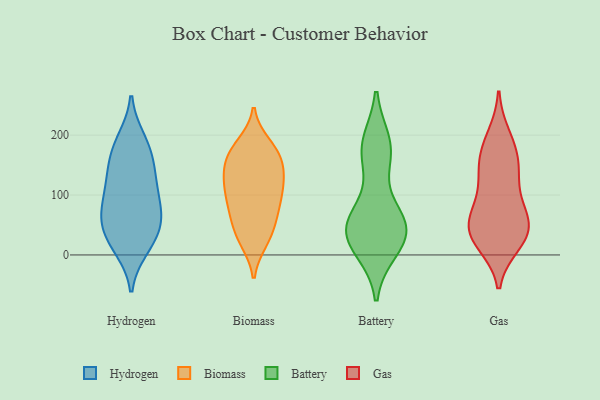
{"axis": {"x": "Inventory Turnover", "y": "Value"}, "legend": ["Battery", "Biomass", "Gas", "Hydrogen"], "data": [{"x": "", "y": 16, "type": "Hydrogen"}, {"x": "", "y": 117, "type": "Hydrogen"}, {"x": "", "y": 21, "type": "Hydrogen"}, {"x": "", "y": 47, "type": "Hydrogen"}, {"x": "", "y": 157, "type": "Hydrogen"}, {"x": "", "y": 65, "type": "Hydrogen"}, {"x": "", "y": 61, "type": "Hydrogen"}, {"x": "", "y": 165, "type": "Hydrogen"}, {"x": "", "y": 89, "type": "Hydrogen"}, {"x": "", "y": 52, "type": "Hydrogen"}, {"x": "", "y": 109, "type": "Hydrogen"}, {"x": "", "y": 191, "type": "Hydrogen"}, {"x": "", "y": 116, "type": "Hydrogen"}, {"x": "", "y": 67, "type": "Hydrogen"}, {"x": "", "y": 11, "type": "Hydrogen"}, {"x": "", "y": 193, "type": "Hydrogen"}, {"x": "", "y": 149, "type": "Hydrogen"}, {"x": "", "y": 110, "type": "Biomass"}, {"x": "", "y": 110, "type": "Biomass"}, {"x": "", "y": 131, "type": "Biomass"}, {"x": "", "y": 87, "type": "Biomass"}, {"x": "", "y": 73, "type": "Biomass"}, {"x": "", "y": 72, "type": "Biomass"}, {"x": "", "y": 109, "type": "Biomass"}, {"x": "", "y": 59, "type": "Biomass"}, {"x": "", "y": 31, "type": "Biomass"}, {"x": "", "y": 174, "type": "Biomass"}, {"x": "", "y": 166, "type": "Biomass"}, {"x": "", "y": 154, "type": "Biomass"}, {"x": "", "y": 183, "type": "Biomass"}, {"x": "", "y": 127, "type": "Biomass"}, {"x": "", "y": 31, "type": "Biomass"}, {"x": "", "y": 24, "type": "Biomass"}, {"x": "", "y": 173, "type": "Biomass"}, {"x": "", "y": 148, "type": "Biomass"}, {"x": "", "y": 36, "type": "Battery"}, {"x": "", "y": 42, "type": "Battery"}, {"x": "", "y": 166, "type": "Battery"}, {"x": "", "y": 10, "type": "Battery"}, {"x": "", "y": 68, "type": "Battery"}, {"x": "", "y": 53, "type": "Battery"}, {"x": "", "y": 35, "type": "Battery"}, {"x": "", "y": 184, "type": "Battery"}, {"x": "", "y": 57, "type": "Battery"}, {"x": "", "y": 186, "type": "Battery"}, {"x": "", "y": 169, "type": "Battery"}, {"x": "", "y": 11, "type": "Battery"}, {"x": "", "y": 45, "type": "Battery"}, {"x": "", "y": 157, "type": "Gas"}, {"x": "", "y": 19, "type": "Gas"}, {"x": "", "y": 198, "type": "Gas"}, {"x": "", "y": 187, "type": "Gas"}, {"x": "", "y": 144, "type": "Gas"}, {"x": "", "y": 158, "type": "Gas"}, {"x": "", "y": 23, "type": "Gas"}, {"x": "", "y": 127, "type": "Gas"}, {"x": "", "y": 37, "type": "Gas"}, {"x": "", "y": 74, "type": "Gas"}, {"x": "", "y": 103, "type": "Gas"}, {"x": "", "y": 56, "type": "Gas"}, {"x": "", "y": 68, "type": "Gas"}, {"x": "", "y": 45, "type": "Gas"}, {"x": "", "y": 27, "type": "Gas"}, {"x": "", "y": 49, "type": "Gas"}]}